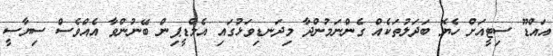
އައްޑޫ ސިޓީއަށް ހެޔޮ ބަދަލުތަކެއް ގެންނަމުންދާ މިދަނޑިވަޅުގައި އެމްޑީޕިން ބޭނުންވާ އެއްވެސް ސިޔާސީ